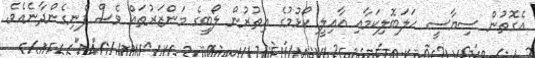
އެގޮތުން ސިޔާސީ ހަލަބޮލިކަމާއި އާއިލީ ކޯޅުމުގެ އިތުރުން ލޯބީގެ މަންޒަރުތައް ވެސް ފެނިގެންދާނެއެވެ.